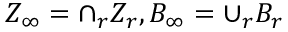
Z _ { \infty } = \cap _ { r } Z _ { r } , B _ { \infty } = \cup _ { r } B _ { r }